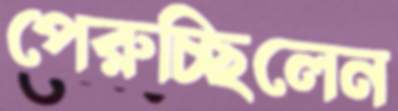
পেরুচ্ছিলেন